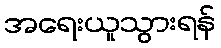
အရေးယူသွားရန်